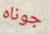
جوناه